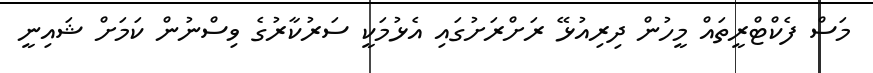
މަސް ފެކްޓްރީތައް މީހުން ދިރިއުޅޭ ރަށްރަށުގައި އެޅުމަކީ ސަރުކާރުގެ ވިސްނުން ކަމަށް ޝައިނީ